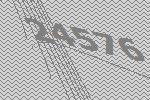
24576